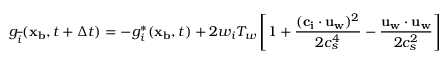
g _ { \overline { { i } } } ( \mathbf { x _ { b } } , t + \Delta t ) = - g _ { i } ^ { * } ( \mathbf { x _ { b } } , t ) + 2 w _ { i } T _ { w } \left[ 1 + \frac { ( \mathbf { c _ { i } } \cdot \mathbf { u _ { w } } ) ^ { 2 } } { 2 c _ { s } ^ { 4 } } - \frac { \mathbf { u _ { w } } \cdot \mathbf { u _ { w } } } { 2 c _ { s } ^ { 2 } } \right]